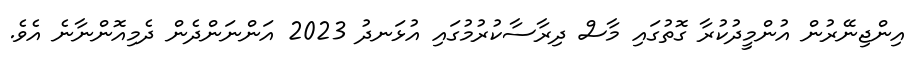
އިންޖިނޭރުން އުންމީދުކުރާ ގޮތުގައި މާސް ދިރާސާކުރުމުގައި އުޅަނދު 2023 އަންނަންދެން ދެމިއޮންނާނެ އެވެ.